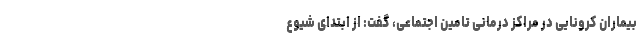
بیماران کرونایی در مراکز درمانی تامین اجتماعی، گفت: از ابتدای شیوع